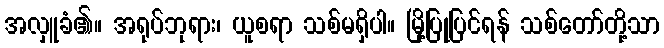
အလှူခံ၏။ အရုပ်ဘုရား၊ ယူစရာ သစ်မရှိပါ။ မြို့ပြုပြင်ရန် သစ်တော်တို့သာ